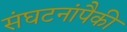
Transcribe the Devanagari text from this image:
संघटनांपैकी